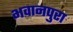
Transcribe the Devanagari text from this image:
भवानपुरा